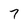
Character: 7